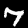
Digit: 7